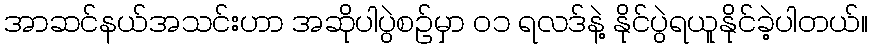
အာဆင်နယ်အသင်းဟာ အဆိုပါပွဲစဉ်မှာ ဝ၁ ရလဒ်နဲ့ နိုင်ပွဲရယူနိုင်ခဲ့ပါတယ်။